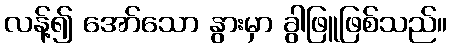
လန့်၍ အော်သော နွားမှာ ခွါဖြူဖြစ်သည်။